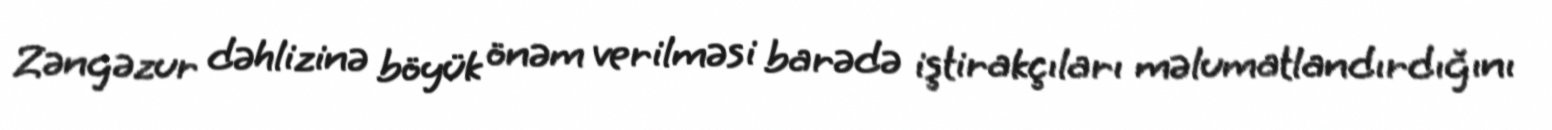
Zəngəzur dəhlizinə böyük önəm verilməsi barədə iştirakçıları məlumatlandırdığını